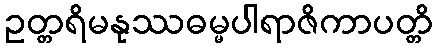
ဥတ္တရိမနုဿဓမ္မပါရာဇိကာပတ္တိ